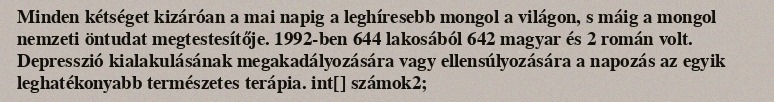
Minden kétséget kizáróan a mai napig a leghíresebb mongol a világon, s máig a mongol nemzeti öntudat megtestesítője. 1992-ben 644 lakosából 642 magyar és 2 román volt. Depresszió kialakulásának megakadályozására vagy ellensúlyozására a napozás az egyik leghatékonyabb természetes terápia. int[] számok2;